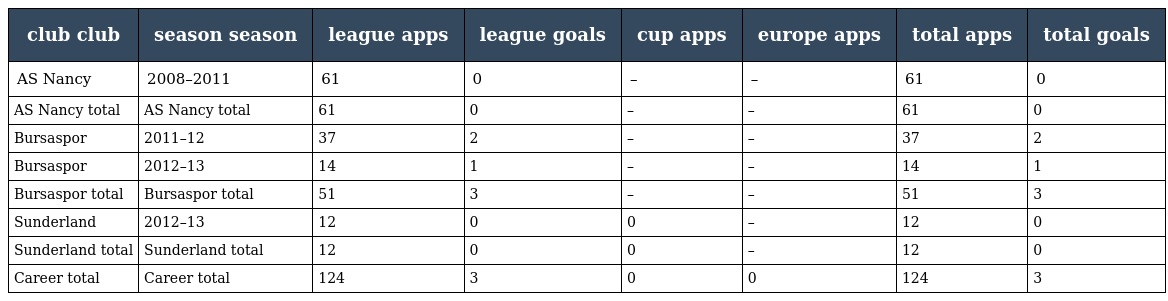
| club club | season season | league apps | league goals | cup apps | europe apps | total apps | total goals |
 | --- | --- | --- | --- | --- | --- | --- | --- |
 | AS Nancy | 2008–2011 | 61 | 0 | – | – | 61 | 0 |
 | AS Nancy total | AS Nancy total | 61 | 0 | – | – | 61 | 0 |
 | Bursaspor | 2011–12 | 37 | 2 | – | – | 37 | 2 |
 | Bursaspor | 2012–13 | 14 | 1 | – | – | 14 | 1 |
 | Bursaspor total | Bursaspor total | 51 | 3 | – | – | 51 | 3 |
 | Sunderland | 2012–13 | 12 | 0 | 0 | – | 12 | 0 |
 | Sunderland total | Sunderland total | 12 | 0 | 0 | – | 12 | 0 |
 | Career total | Career total | 124 | 3 | 0 | 0 | 124 | 3 |